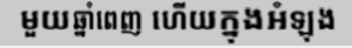
មួយឆ្នាំពេញ ហើយក្នុងអំឡុង